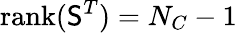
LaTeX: \mathrm{rank}({\mathsf S}^{T})=N_{C}-1